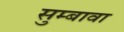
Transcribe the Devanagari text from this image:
सुम्बावा